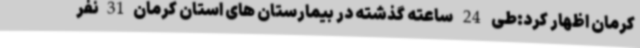
کرمان اظهار کرد:طی 24 ساعته گذشته در بیمارستان های استان کرمان31نفر